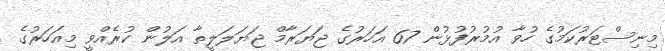
މިނިސްޓަރުކަމުގެ ހުވާ އުމުރުފުޅުން 67 އަހަރުގެ ޖަޔަރާމް ޖަޔަލަލީތާ އަލުން ކުރެއްވީ މިއަހަރުގެ